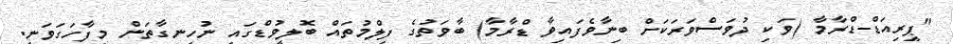
"ޕީރިއަޑް-ޑްރާމާ (ވަކި ދުވަސްވަރަކަށް ބިނާވެފައިވާ ޑްރާމާ) ބާވަތުގެ ފިލްމުތައް ބޮލީވުޑްގައި ނުހިނގާތަން މިފާހަގަވަނީ.